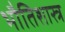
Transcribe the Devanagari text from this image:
भौतिशास्त्र